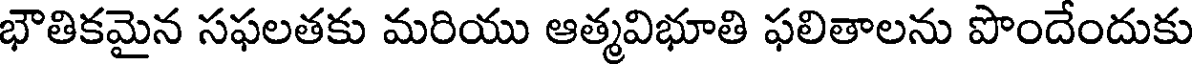
భౌతికమైన సఫలతకు మరియు ఆత్మవిభూతి ఫలితాలను పొందేందుకు